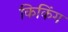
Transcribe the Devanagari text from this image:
किकिंग